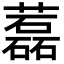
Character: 藞